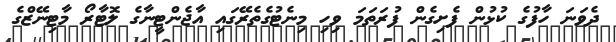
ދެވަނަ ހާފުގެ ކުޅުން ފެށިގެން ފުރަތަމަ ވިހި މިނެޓުގެތެރޭގައި އާޖެންޓީނާގެ ލޮޓާރޯ މާޓިނޭޒްގެ